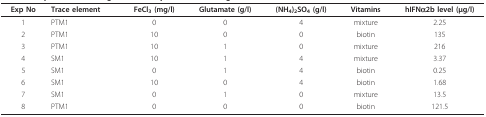
<table><thead><tr><td><b>Exp No</b></td><td><b>Trace element</b></td><td><b>FeCl<sub>3 </sub>(mg/l)</b></td><td><b>Glutamate (g/l)</b></td><td><b>(NH<sub>4</sub>)<sub>2</sub>SO<sub>4 </sub>(g/l)</b></td><td><b>Vitamins</b></td><td><b>hIFNα2b level (μg/l)</b></td></tr></thead><tbody><tr><td>1</td><td>PTM1</td><td>0</td><td>0</td><td>4</td><td>mixture</td><td>2.25</td></tr><tr><td>2</td><td>PTM1</td><td>10</td><td>0</td><td>0</td><td>biotin</td><td>135</td></tr><tr><td>3</td><td>PTM1</td><td>10</td><td>1</td><td>0</td><td>mixture</td><td>216</td></tr><tr><td>4</td><td>SM1</td><td>10</td><td>1</td><td>4</td><td>mixture</td><td>3.37</td></tr><tr><td>5</td><td>SM1</td><td>0</td><td>1</td><td>4</td><td>biotin</td><td>0.25</td></tr><tr><td>6</td><td>SM1</td><td>10</td><td>0</td><td>4</td><td>biotin</td><td>1.68</td></tr><tr><td>7</td><td>SM1</td><td>0</td><td>1</td><td>0</td><td>mixture</td><td>13.5</td></tr><tr><td>8</td><td>PTM1</td><td>0</td><td>0</td><td>0</td><td>biotin</td><td>121.5</td></tr></tbody></table>